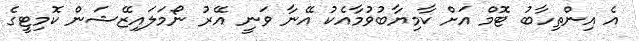
އެ އިންތިހާބު ޓޮމް އަށް ކާމިޔާބުވުމާއެކު އޭނާ ވަނީ އޭރު ނޯމަލައިޒޭޝަން ކޮމިޓީގެ